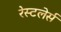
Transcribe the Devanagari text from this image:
रेस्टलेर्स